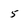
Character: 5